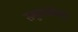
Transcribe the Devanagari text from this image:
समुदायांपेक्षा